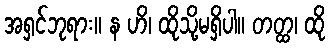
အရှင်ဘုရား။ န ဟိ၊ ထိုသို့မရှိပါ။ တတ္ထ၊ ထို